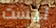
ليست